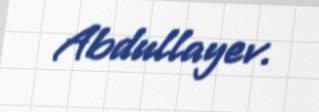
Abdullayev.